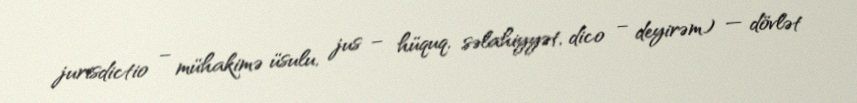
jurisdictio – mühakimə üsulu, jus – hüquq, səlahiyyət, dico – deyirəm) — dövlət